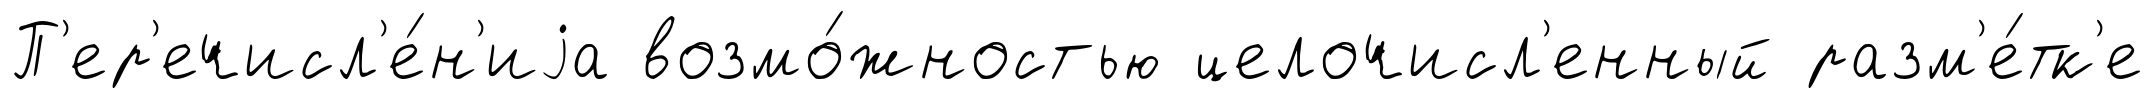
П'ер'ечисл'е́н'иjа возмо́жностью целочисл'енный разм'е́тк'е